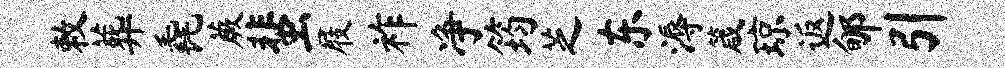
敕葬毳蕨蜚屐祚净筠芝东溽箴琼返郇引